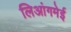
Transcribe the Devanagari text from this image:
लिआंगमेई